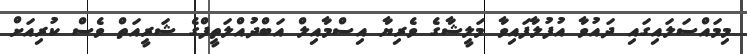
މިމައްސަލައިގައި ދައުވާ އުފުލާފައިވާ މަލީޝާގެ ވެރިޔާ އިސްމާއިލް އަބްދުއްލަތީފްގެ ޝަރީއަތް ވެސް ކުރިއަށް